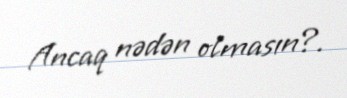
Ancaq nədən olmasın?.